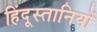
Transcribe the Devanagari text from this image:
हिंदूस्तानियों